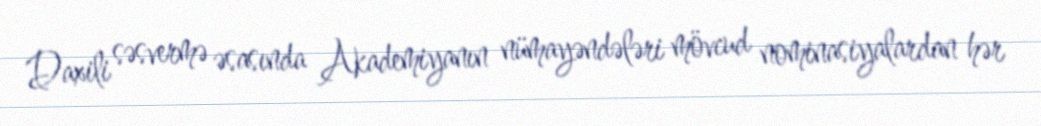
Daxili səsvermə əsasında Akademiyanın nümayəndələri mövcud nominasiyalardan hər